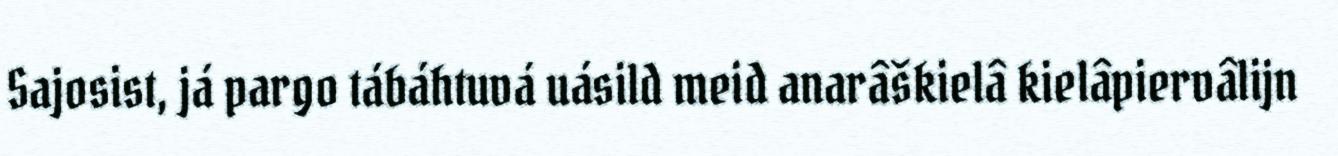
Sajosist, já pargo tábáhtuvá uásild meid anarâškielâ kielâpiervâlijn